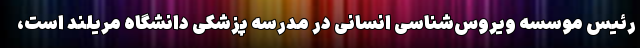
رئیسِ موسسه ویروس‌شناسیِ انسانی در مدرسه پزشکیِ دانشگاهِ مریلند است،